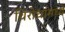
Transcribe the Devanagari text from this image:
विरोधांमध्ये